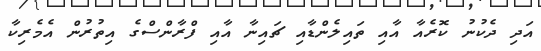
އަދި ދެކުނު ކޮރެއާ އާއި ތައިލެންޑާއި ޗައިނާ އާއި ފްރާންސްގެ އިތުރުން އެމެރިކާ